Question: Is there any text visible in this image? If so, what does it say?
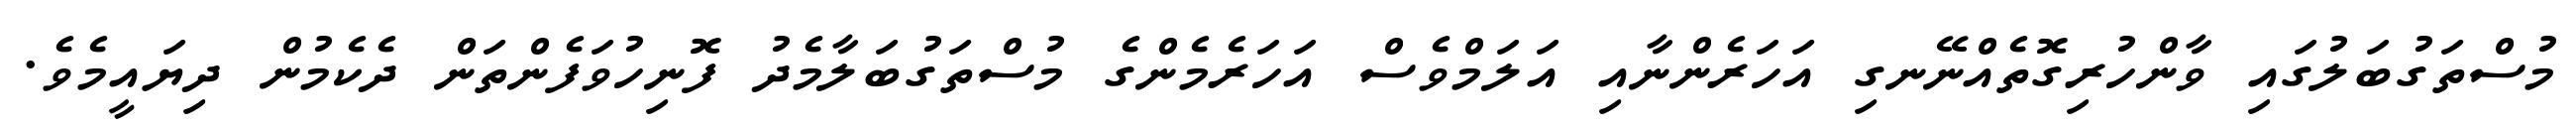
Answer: މުސްތަގުބަލުގައި ވާންހުރިގޮތެއްނޭނގި އަހަރެންނާއި އަލަމްވެސް އަހަރެމެންގެ މުސްތަގުބަލާމެދު ފޮނިހުވަފެންތަން ދެކެމުން ދިޔައީމެވެ.